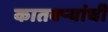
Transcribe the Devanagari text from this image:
कातक्र्‍यांची